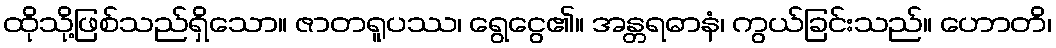
ထိုသို့ဖြစ်သည်ရှိသော။ ဇာတရူပဿ၊ ရွေငွေ၏။ အန္တရဓာနံ၊ ကွယ်ခြင်းသည်။ ဟောတိ၊